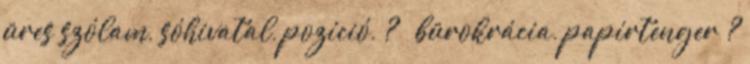
üres szólam, sóhivatal, pozíció, ?  bürokrácia, papírtenger ?